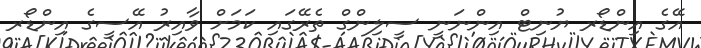
އޭގެ އިންޑޯރ ޔުނިޓް އިންނަނީ ސީލިންގް ތެރޭގައި ކަމަށް ވާއިރު އޭސީގެ އިންޑޯރ